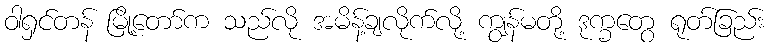
ဝါရှင်တန် မြို့တော်က သည်လို အမိန့်ချလိုက်လို့ ကျွန်မတို့ ဒုက္ခတွေ ရုတ်ခြည်း